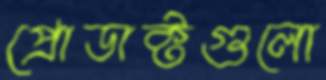
প্রোডাক্টগুলো